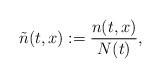
LaTeX: \begin{align*}\tilde n(t,x):= \frac {n(t,x)}{N(t)},\end{align*}